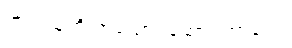
အဲဒါ သူတို့ အယောင်ဆောင်တာပေါ့။